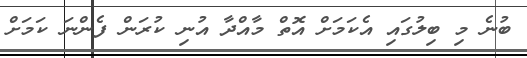
ބުނެ މި ބިލުގައި އެކަމަށް އޮތް މާއްދާ އުނި ކުރަން ފެންނަ ކަމަށް